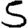
Digit: 5